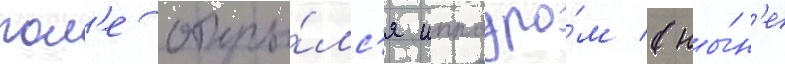
пол'е откры́лс'я ипподро́м (ны́н'е